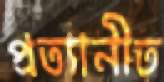
প্রত্যানীত